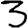
Digit: 3